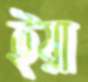
ইয়া